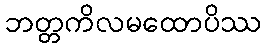
ဘတ္တကိလမထောပိဿ